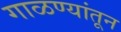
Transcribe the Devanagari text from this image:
गाळण्यांतून